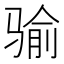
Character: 𩨈